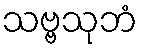
သဗ္ဗသုဘံ